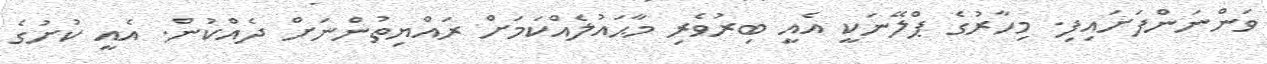
ވަންނަންފަށައިފި. މިހާރުގެ ޕްލޭނަކީ އެއީ ބިރުވެރި މާޙައުލެއްކަމަށް ރައްޔިތުންނަށް ދެއްކުން. އެއީ ކުށުގެ